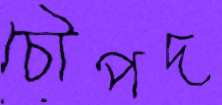
চৌপদ